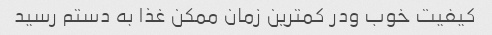
کیفیت خوب ودر کمترین زمان ممکن غذا به دستم رسید